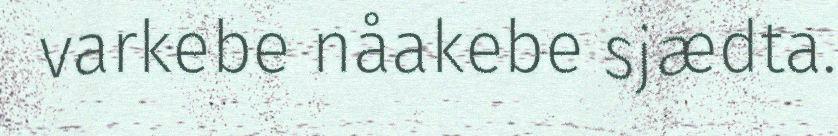
varkebe nåakebe sjædta.